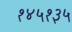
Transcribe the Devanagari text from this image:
१४५१३५